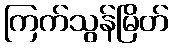
ကြက်သွန်မြိတ်